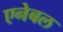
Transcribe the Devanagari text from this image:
एनेबल